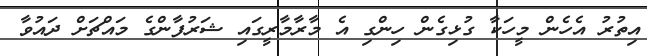
އިތުރު އެހެން މީހަކާ ގުޅިގެން ހިންގި އެ މާރާމާރީގައި ޝަރުފާންގެ މައްޗަށް ދައުވާ